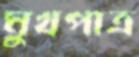
মুখপাত্র